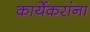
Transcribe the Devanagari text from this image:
कार्येकरांना